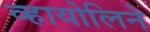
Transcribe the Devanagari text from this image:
व्हायोलिने